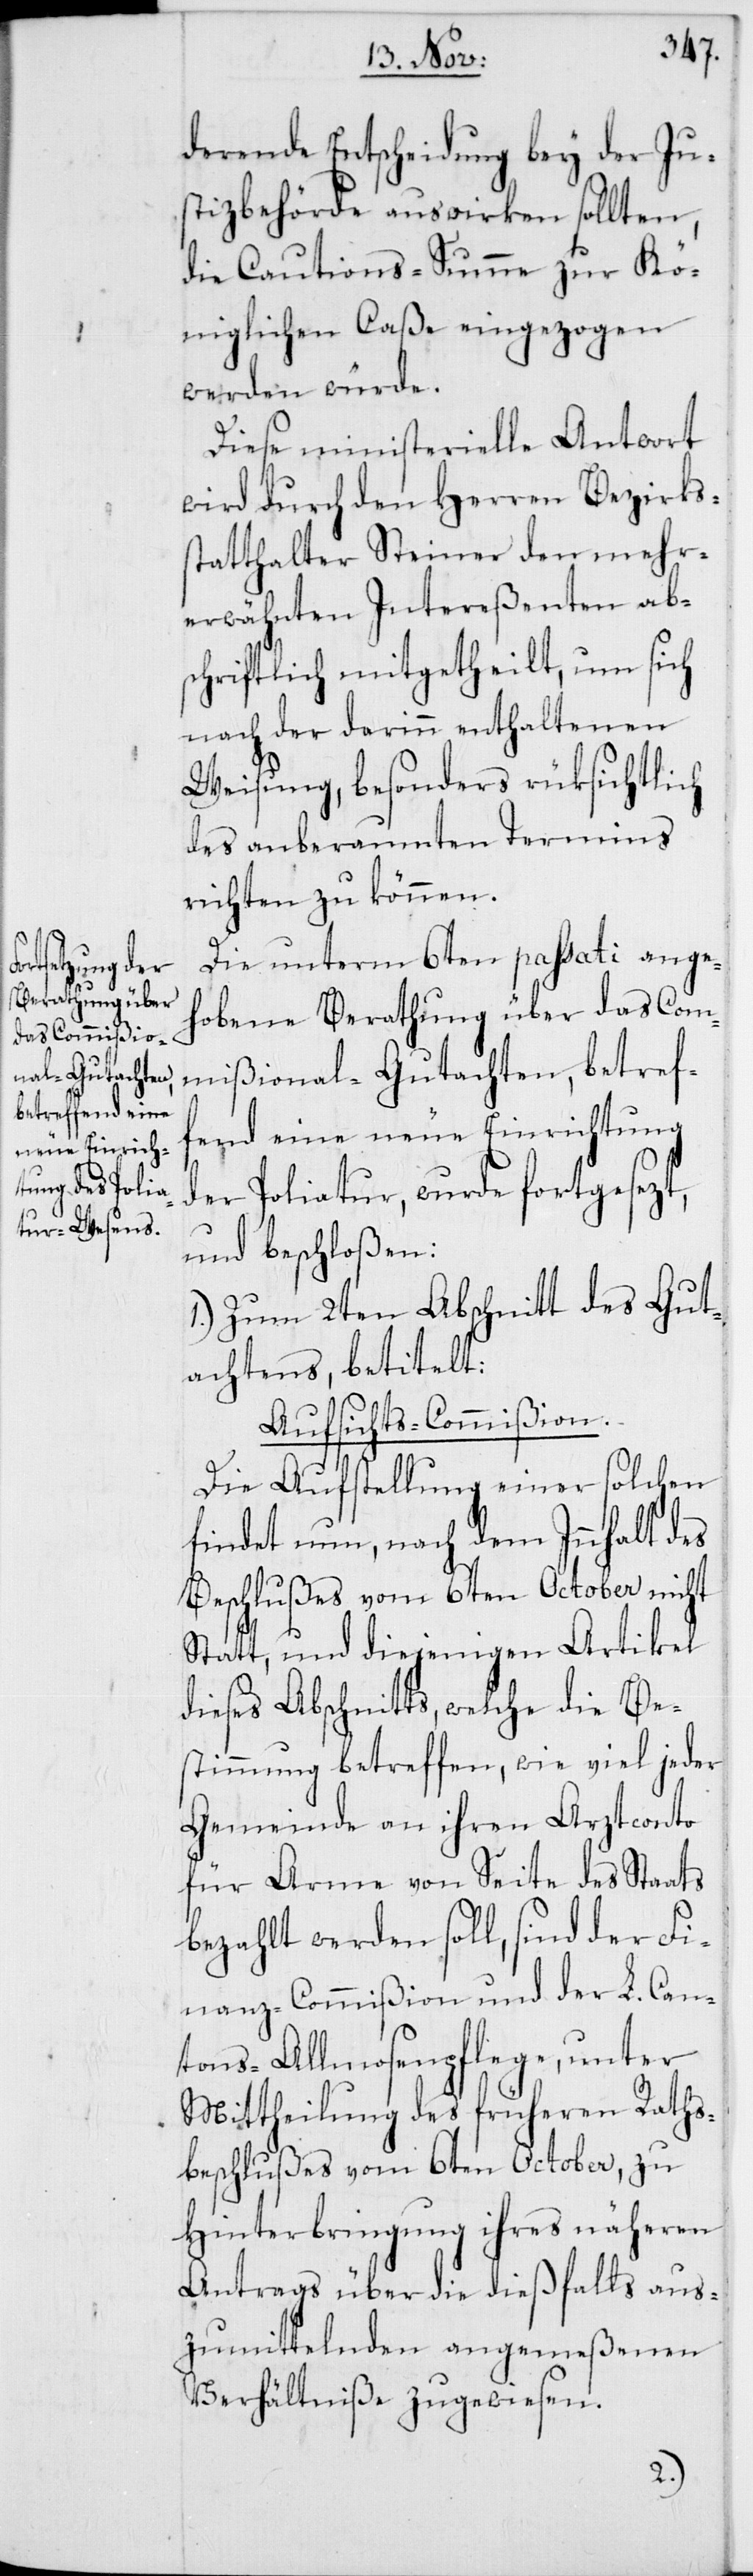
derende Entscheidung bey der Jus¬
tizbehörde auswirken sollten,
die Cautions-Summe zur Kö¬
niglichen Caße eingezogen
werden würde.
Diese ministerielle Antwort
wird durch den Herren Bezirkss¬
tatthalter Steiner den mehr¬
erwähnten Intereßenten ab¬
schriftlich mitgetheilt, um sich
nach der darinn enthaltenen
Weisung, besonders rüksichtlich
des anberaumten Termins
richten zu können.
Die unterm 6ten passati ange¬
hobene Berathung über das Com¬
mißional-Gutachten, betref¬
fend eine neue Einrichtung
der Poliatur, wurde fortgesezt,
und beschloßen:
1.) Zum 2ten Abschnitt des Gut¬
achtens, betitelt:
Aufsichts-Commißion.
Die Aufstellung einer solchen
findet nun, nach dem Innhalt des
Beschlußes vom 6ten October nicht
Statt, und diejenigen Artikel
dieses Abschnitts, welche die Be¬
stimmung betreffen, wie viel jeder
Gemeinde an ihren Arztconto
für Arme von Seite des Staats
bezahlt werden soll, sind der Fi¬
nanz-Commißion und der L. Can¬
tons-Allmosenpflege, unter
Mittheilung des früheren Raths¬
beschlußes vom 6ten October, zu
Hinterbringung ihres näheren
Antrags über die dießfalls aus¬
zumittelnden angemeßenen
Verhältniße zugewiesen.